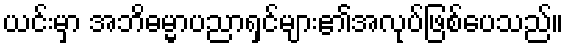
ယင်းမှာ အဘိဓမ္မာပညာရှင်များ၏အလုပ်ဖြစ်ပေသည်။